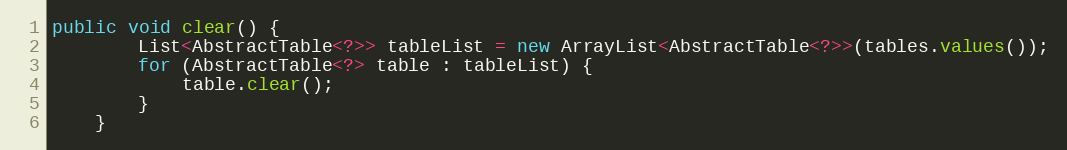
Language: Java
public void clear() {
		List<AbstractTable<?>> tableList = new ArrayList<AbstractTable<?>>(tables.values());
		for (AbstractTable<?> table : tableList) {
			table.clear();
		}
	}